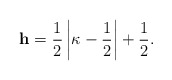
\begin{align*}{\bf h}=\frac12\left|\kappa-\frac12\right|+\frac12.\end{align*}